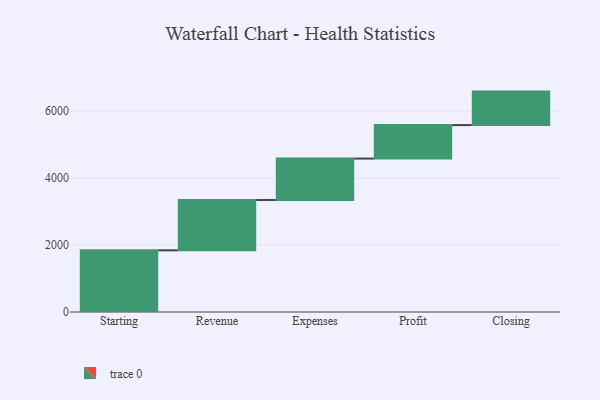
{"axis": {"x": "Step", "y": "Value"}, "legend": [""], "data": [{"x": "Starting", "y": 1842.0, "type": ""}, {"x": "Revenue", "y": 1502.0, "type": ""}, {"x": "Expenses", "y": 1238.0, "type": ""}, {"x": "Profit", "y": 1000, "type": ""}, {"x": "Closing", "y": 1000, "type": ""}]}